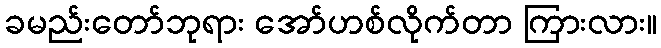
ခမည်းတော်ဘုရား အော်ဟစ်လိုက်တာ ကြားလား။